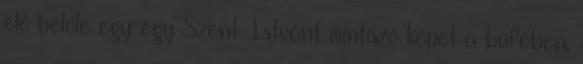
elő belőle egy-egy Szent Istvánt mintázó képet a büfében,